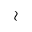
\wr